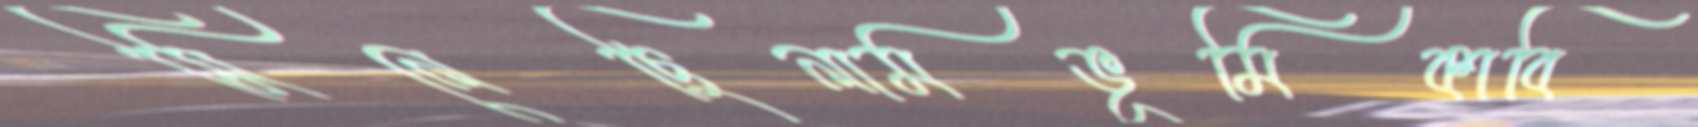
মিলেছিলামভূমিকাবি